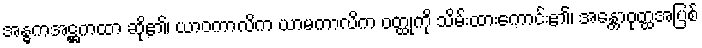
အန္ဓကအဋ္ဌကထာ ဆို၏၊ ယာဝကာလိက ယာမကာလိက ဝတ္ထုကို သိမ်းထားကောင်း၏၊ အန္တောဝုတ္ထအပြစ်